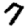
Digit: 7